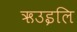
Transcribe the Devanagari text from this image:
ऋउइलि